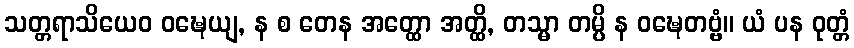
သတ္တရာသိယေဝ ဝဍ္ဎေယျ, န စ တေန အတ္ထော အတ္ထိ, တသ္မာ တမ္ပိ န ဝဍ္ဎေတဗ္ဗံ။ ယံ ပန ဝုတ္တံ